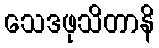
သေဒဖုသိတာနိ